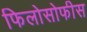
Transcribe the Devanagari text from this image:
फिलोसोफीस